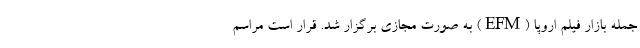
جمله بازار فیلم اروپا (EFM) به صورت مجازی برگزار شد. قرار است مراسم